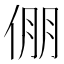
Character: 倗